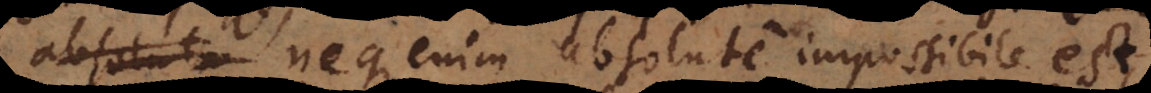
absoluta neque enim absolute impossibile est